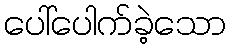
ပေါ်ပေါက်ခဲ့သော